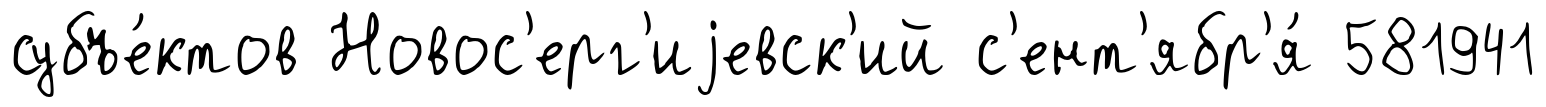
субъе́ктов Новос'ерг'иjевск'ий с'ент'ябр'я́ 581941